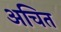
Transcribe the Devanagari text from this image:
अचित